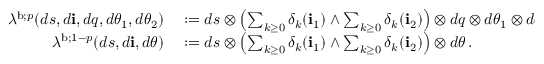
\begin{array} { r l } { \lambda ^ { \mathrm { b } ; p } ( d s , d \mathbf { i } , d q , d \theta _ { 1 } , d \theta _ { 2 } ) } & { { } : = d s \otimes \left( \sum _ { k \geq 0 } \delta _ { k } ( \mathbf { i } _ { 1 } ) \wedge \sum _ { k \geq 0 } \delta _ { k } ( \mathbf { i } _ { 2 } ) \right) \otimes d q \otimes d \theta _ { 1 } \otimes d \theta _ { 2 } \, , } \\ { \lambda ^ { \mathrm { b } ; 1 - p } ( d s , d \mathbf { i } , d \theta ) } & { { } : = d s \otimes \left( \sum _ { k \geq 0 } \delta _ { k } ( \mathbf { i } _ { 1 } ) \wedge \sum _ { k \geq 0 } \delta _ { k } ( \mathbf { i } _ { 2 } ) \right) \otimes d \theta \, . } \end{array}